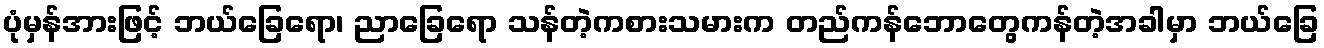
ပုံမှန်အားဖြင့် ဘယ်ခြေရော၊ ညာခြေရော သန်တဲ့ကစားသမားက တည်ကန်ဘောတွေကန်တဲ့အခါမှာ ဘယ်ခြေ